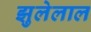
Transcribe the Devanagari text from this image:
झुलेलाल